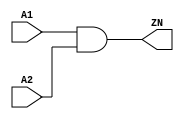
module AND2_X2 (A1, A2, ZN);
  input A1;
  input A2;
  output ZN;

  and(ZN, A1, A2);


endmodule